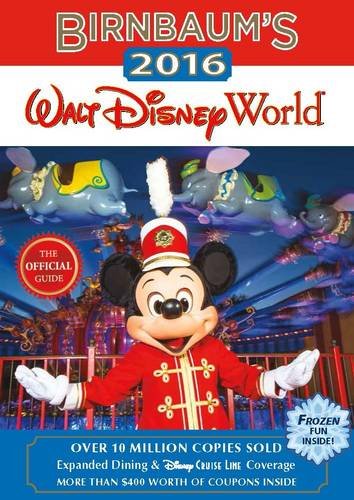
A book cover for Birnbaum's 2016 Walt Disney World: The Official Guide (Birnbaum Guides); Birnbaum Guides; Travel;